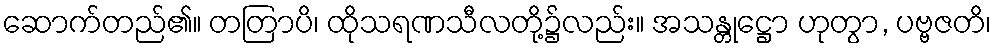
ဆောက်တည်၏။ တတြာပိ၊ ထိုသရဏသီလတို့၌လည်း။ အသန္တုဋ္ဌော ဟုတွာ, ပဗ္ဗဇတိ၊